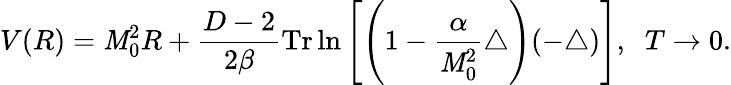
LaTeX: V(R)=\mathit{M}_{0}^{2}R+\frac{{D-2}}{{2\beta}}\mathrm{{Tr}}\ln\left[\left(1-\frac{{\alpha}}{{\mathit{M}_{0}^{2}}}\triangle\right)(-\triangle)\right],\; \; T\to0.